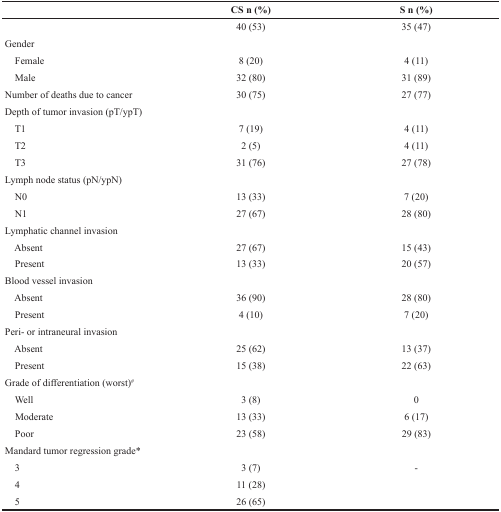
<table><thead><tr><td></td><td><b>CS n (%)</b></td><td><b>S n (%)</b></td></tr></thead><tbody><tr><td></td><td>40 (53)</td><td>35 (47)</td></tr><tr><td>Gender</td><td></td><td></td></tr><tr><td> Female</td><td>8 (20)</td><td>4 (11)</td></tr><tr><td> Male</td><td>32 (80)</td><td>31 (89)</td></tr><tr><td>Number of deaths due to cancer</td><td>30 (75)</td><td>27 (77)</td></tr><tr><td>Depth of tumor invasion (pT/ypT)</td><td></td><td></td></tr><tr><td> T1</td><td>7 (19)</td><td>4 (11)</td></tr><tr><td> T2</td><td>2 (5)</td><td>4 (11)</td></tr><tr><td> T3</td><td>31 (76)</td><td>27 (78)</td></tr><tr><td>Lymph node status (pN/ypN)</td><td></td><td></td></tr><tr><td> N0</td><td>13 (33)</td><td>7 (20)</td></tr><tr><td> N1</td><td>27 (67)</td><td>28 (80)</td></tr><tr><td>Lymphatic channel invasion</td><td></td><td></td></tr><tr><td> Absent</td><td>27 (67)</td><td>15 (43)</td></tr><tr><td> Present</td><td>13 (33)</td><td>20 (57)</td></tr><tr><td>Blood vessel invasion</td><td></td><td></td></tr><tr><td> Absent</td><td>36 (90)</td><td>28 (80)</td></tr><tr><td> Present</td><td>4 (10)</td><td>7 (20)</td></tr><tr><td>Peri- or intraneural invasion</td><td></td><td></td></tr><tr><td> Absent</td><td>25 (62)</td><td>13 (37)</td></tr><tr><td> Present</td><td>15 (38)</td><td>22 (63)</td></tr><tr><td>Grade of differentiation (worst)<sup>#</sup></td><td></td><td></td></tr><tr><td> Well</td><td>3 (8)</td><td>0</td></tr><tr><td> Moderate</td><td>13 (33)</td><td>6 (17)</td></tr><tr><td> Poor</td><td>23 (58)</td><td>29 (83)</td></tr><tr><td>Mandard tumor regression grade<sup>*</sup></td><td></td><td></td></tr><tr><td> 3</td><td>3 (7)</td><td>−</td></tr><tr><td> 4</td><td>11 (28)</td><td></td></tr><tr><td> 5</td><td>26 (65)</td><td></td></tr></tbody></table>